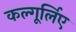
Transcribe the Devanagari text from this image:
कल्गूर्लिए